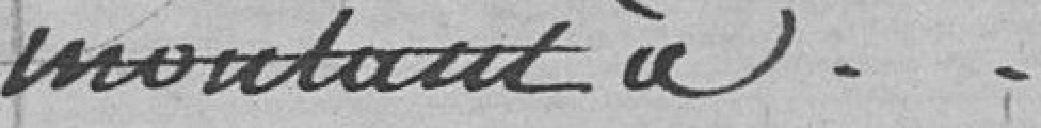
montant à.............................................................     585,35